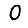
Digit: 0